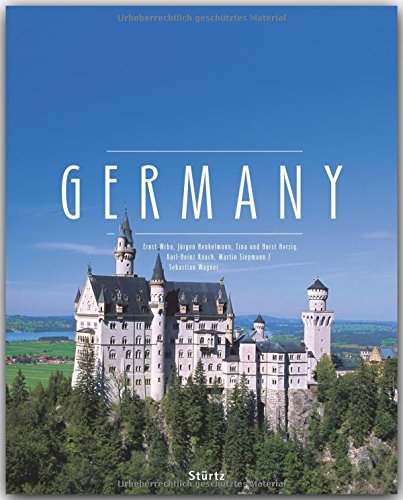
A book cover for Germany (Premium); Sebastian Wagner; Travel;